Vaccine operations Central Provinces 1868-1885 - 1868-1885
Year: 1868
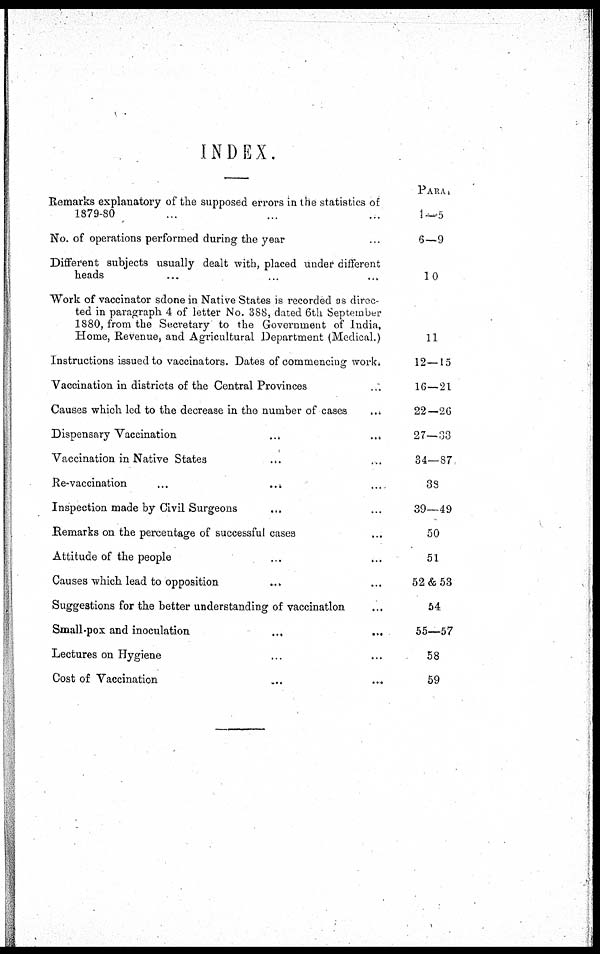
INDEX.
Remarks explanatory of the supposed errors in the statistics of
1879-80 ... ... ...
No. of operations performed during the year ...
Different subjects usually dealt with, placed under different
heads ... ... ...
Work of vaccinator sdone in Native States is recorded as direc-
ted in paragraph 4 of letter No. 388, dated 6th September
1880, from the Secretary to the Government of India,
Home, Revenue, and Agricultural Department (Medical.)
Instructions issued to vaccinators. Dates of commencing work.
Vaccination in districts of the Central Provinces ...
Causes which led to the decrease in the number of cases ...
Dispensary Vaccination
...
...
...
Vaccination in Native States ... ... ...
Re-vaccination
...
...
...
Inspection made by Civil Surgeons ... ... ...
Remarks on the percentage of successful cases ...
Attitude of the people ...
Causes which lead to opposition
...
Suggestions for the better understanding of vaccination ...
Small-pox and inoculation
...
...
Lectures on Hygiene ...
Cost of Vaccination ... ...
PARA
1—5
6—9
10
11
12—15
16—21
22—26
27—33
34—87
38
39—49
50
51
52&53
54
55—57
58
59